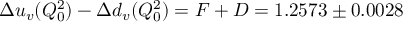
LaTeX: \Delta u _ { v } ( Q _ { 0 } ^ { 2 } ) - \Delta d _ { v } ( Q _ { 0 } ^ { 2 } ) = F + D = 1 . 2 5 7 3 \pm 0 . 0 0 2 8